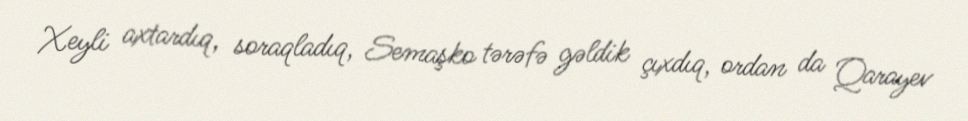
Xeyli axtardıq, soraqladıq, Semaşko tərəfə gəldik çıxdıq, ordan da Qarayev